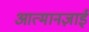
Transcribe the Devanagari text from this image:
आत्मानज़ाई